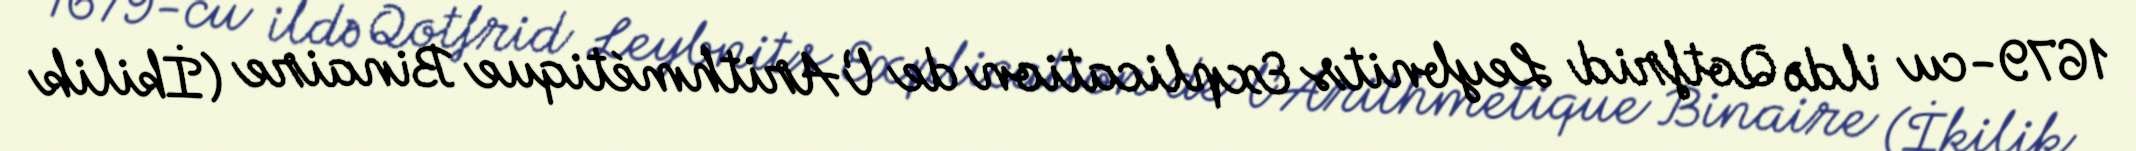
1679-cu ildə Qotfrid Leybnits Explication de l’Arithmétique Binaire (İkilik